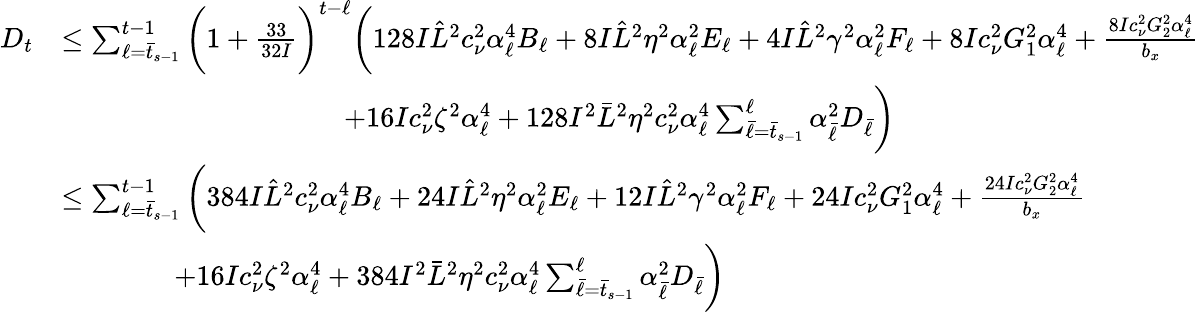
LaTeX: \begin{array}{rl}{D_{t}}&{\leq\sum_{\ell=\bar{t}_{s-1}}^{t-1}\bigg(1+\frac{33}{32I}\bigg)^{t-\ell}\bigg(128I\hat{L}^{2}c_{\nu}^{2}\alpha_{\ell}^{4}B_{\ell}+8I\hat{L}^{2}\eta^{2}\alpha_{\ell}^{2}E_{\ell}+4I\hat{L}^{2}\gamma^{2}\alpha_{\ell}^{2}F_{\ell}+8Ic_{\nu}^{2}G_{1}^{2}\alpha_{\ell}^{4}+\frac{8Ic_{\nu}^{2}G_{2}^{2}\alpha_{\ell}^{4}}{b_{x}}}\\ &{\qquad\qquad\qquad\qquad\qquad+16Ic_{\nu}^{2}\zeta^{2}\alpha_{\ell}^{4}+128I^{2}\bar{L}^{2}\eta^{2}c_{\nu}^{2}\alpha_{\ell}^{4}\sum_{\bar{\ell}=\bar{t}_{s-1}}^{\ell}\alpha_{\bar{\ell}}^{2}D_{\bar{\ell}}\bigg)}\\ &{\leq\sum_{\ell=\bar{t}_{s-1}}^{t-1}\bigg(384I\hat{L}^{2}c_{\nu}^{2}\alpha_{\ell}^{4}B_{\ell}+24I\hat{L}^{2}\eta^{2}\alpha_{\ell}^{2}E_{\ell}+12I\hat{L}^{2}\gamma^{2}\alpha_{\ell}^{2}F_{\ell}+24Ic_{\nu}^{2}G_{1}^{2}\alpha_{\ell}^{4}+\frac{24Ic_{\nu}^{2}G_{2}^{2}\alpha_{\ell}^{4}}{b_{x}}}\\ &{\qquad\qquad+16Ic_{\nu}^{2}\zeta^{2}\alpha_{\ell}^{4}+384I^{2}\bar{L}^{2}\eta^{2}c_{\nu}^{2}\alpha_{\ell}^{4}\sum_{\bar{\ell}=\bar{t}_{s-1}}^{\ell}\alpha_{\bar{\ell}}^{2}D_{\bar{\ell}}\bigg)}\end{array}